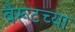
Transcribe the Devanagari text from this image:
बैरूटच्या